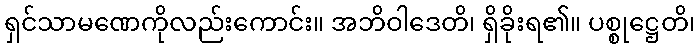
ရှင်သာမဏေကိုလည်းကောင်း။ အဘိဝါဒေတိ၊ ရှိခိုးရ၏။ ပစ္စုဋ္ဌေတိ၊